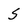
Character: S